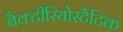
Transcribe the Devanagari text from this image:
बैक्टीरियोस्टैटिक